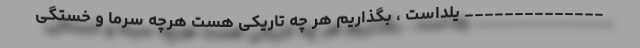
______________ یلداست ، بگذاریم هر چه تاریکی هست هرچه سرما و خستگی